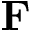
{ \bf F }